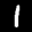
Label: 1